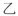
乙